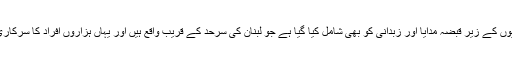
حزب اللہ کے فوجی شعبہ نے کہا کہ نئے معاہدہ میں باغیوں کے زیر قبضہ مدایا اور زبدانی کو بھی شامل کیا گیا ہے جو لبنان کی سرحد کے قریب واقع ہیں اور یہاں ہزاروں افراد کا سرکاری فورس اور لبنان کے گروپ نے محاصرہ کر رکھا ہے ۔